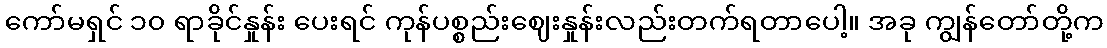
ကော်မရှင် ၁၀ ရာခိုင်နှုန်း ပေးရင် ကုန်ပစ္စည်းဈေးနှုန်းလည်းတက်ရတာပေါ့။ အခု ကျွန်တော်တို့က